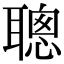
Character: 聰